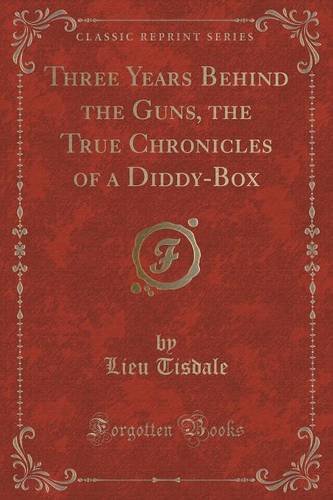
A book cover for Three Years Behind the Guns, the True Chronicles of a Diddy-Box (Classic Reprint); Lieu Tisdale; Literature & Fiction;